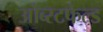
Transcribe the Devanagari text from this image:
ओब्स्टफेल्ड